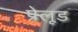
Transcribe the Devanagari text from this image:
प्रेलूड